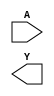
/**
 * Copyright 2020 The SkyWater PDK Authors
 *
 * Licensed under the Apache License, Version 2.0 (the "License");
 * you may not use this file except in compliance with the License.
 * You may obtain a copy of the License at
 *
 *     https://www.apache.org/licenses/LICENSE-2.0
 *
 * Unless required by applicable law or agreed to in writing, software
 * distributed under the License is distributed on an "AS IS" BASIS,
 * WITHOUT WARRANTIES OR CONDITIONS OF ANY KIND, either express or implied.
 * See the License for the specific language governing permissions and
 * limitations under the License.
 *
 * SPDX-License-Identifier: Apache-2.0
 */

`ifndef SKY130_FD_SC_HDLL__CLKINV_SYMBOL_V
`define SKY130_FD_SC_HDLL__CLKINV_SYMBOL_V

/**
 * clkinv: Clock tree inverter.
 *
 * Verilog stub (without power pins) for graphical symbol definition
 * generation.
 *
 * WARNING: This file is autogenerated, do not modify directly!
 */

`timescale 1ns / 1ps
`default_nettype none

(* blackbox *)
module sky130_fd_sc_hdll__clkinv (
    //# {{data|Data Signals}}
    input  A,
    output Y
);

    // Voltage supply signals
    supply1 VPWR;
    supply0 VGND;
    supply1 VPB ;
    supply0 VNB ;

endmodule

`default_nettype wire
`endif  // SKY130_FD_SC_HDLL__CLKINV_SYMBOL_V